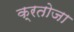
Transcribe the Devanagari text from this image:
क्रतोजा